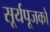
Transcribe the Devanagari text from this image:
सूर्यपूजको